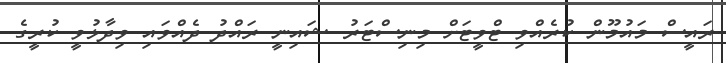
ރައީސް މައުމޫން ކުރެއްވި ޓްވީޓަށް މިނިސްޓަރު ޝައިނީ ރައްދު ދެއްވައި ވިދާޅުވީ ކުރީގެ